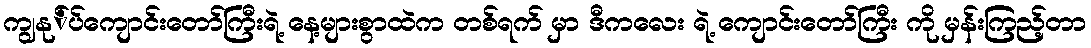
ကျွနု်ပ်ကျောင်းတော်ကြီးရဲ့ နေ့များစွာထဲက တစ်ရက် မှာ ဒီကလေး ရဲ့ ကျောင်းတော်ကြီး ကို မှန်းကြည့်တာ